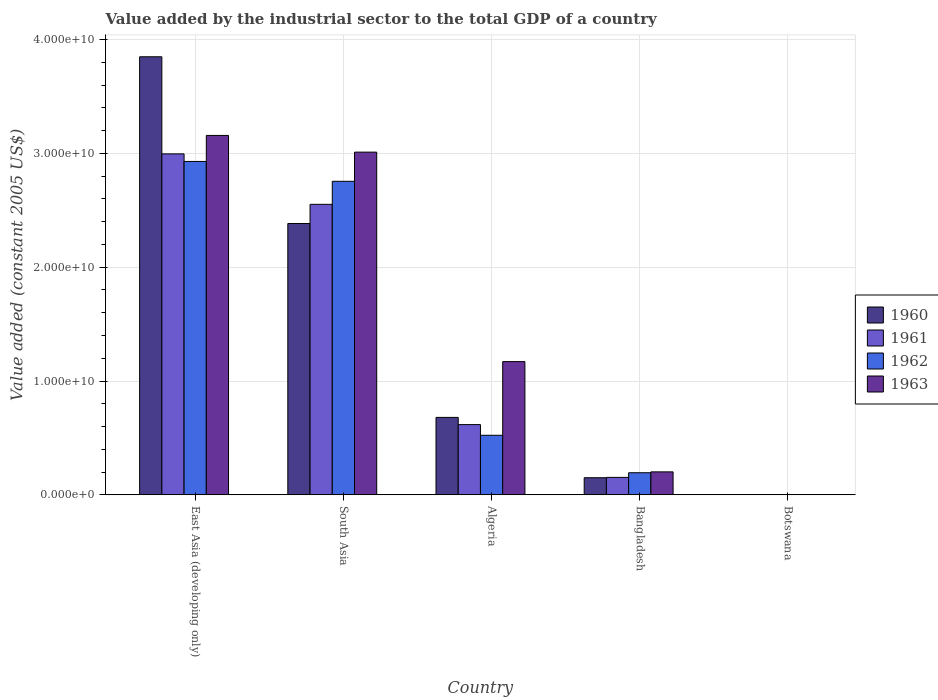
| Country | 1960 | 1961 | 1962 | 1963 |
 | --- | --- | --- | --- | --- |
 | East Asia (developing only) | 3.85e+10 | 3e+10 | 2.93e+10 | 3.16e+10 |
 | South Asia | 2.38e+10 | 2.55e+10 | 2.76e+10 | 3.01e+10 |
 | Algeria | 6.8e+09 | 6.17e+09 | 5.23e+09 | 1.17e+10 |
 | Bangladesh | 1.5e+09 | 1.53e+09 | 1.94e+09 | 2.01e+09 |
 | Botswana | 1.96e+07 | 1.92e+07 | 1.98e+07 | 1.83e+07 |